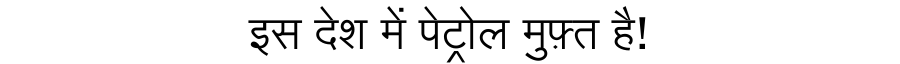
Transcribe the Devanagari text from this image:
इस देश में पेट्रोल मुफ़्त है!